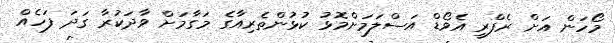
މޯހަން އަށް ރެފްރީ އެވޯޑް އަސްލަމަށްމޮޅު ކުޅުންތެރިއާގެ މަގާމަށް ވާދަކުރާ ގަދަ ފަހެއް